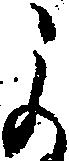
よ